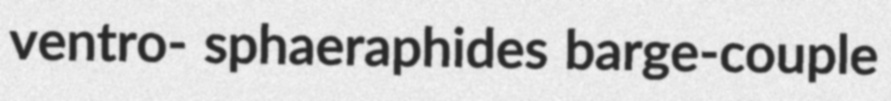
ventro- sphaeraphides barge-couple